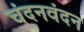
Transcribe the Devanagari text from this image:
चंदनवंदन